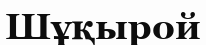
Шұқырой